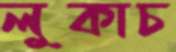
লুকাচ